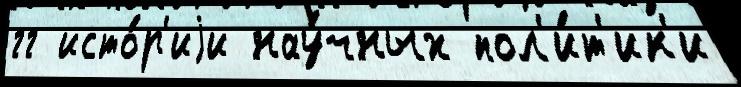
гг исто́р'иjи нау́чных пол'и́т'ик'и